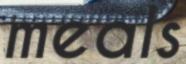
meals